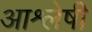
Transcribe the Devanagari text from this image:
आश्लेषी